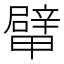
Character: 𨐴